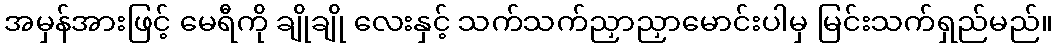
အမှန်အားဖြင့် မေရီကို ချိုချို လေးနှင့် သက်သက်ညှာညှာမောင်းပါမှ မြင်းသက်ရှည်မည်။